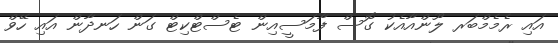
އައި ރެމެމްބަރ ލޫންއާއެކު ގޮސް ފާމަސީއިން ޓެސްޓްކިޓް ގަން ހަނދާން އައި ހޭވް